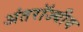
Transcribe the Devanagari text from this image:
अंतरॉज्यीय